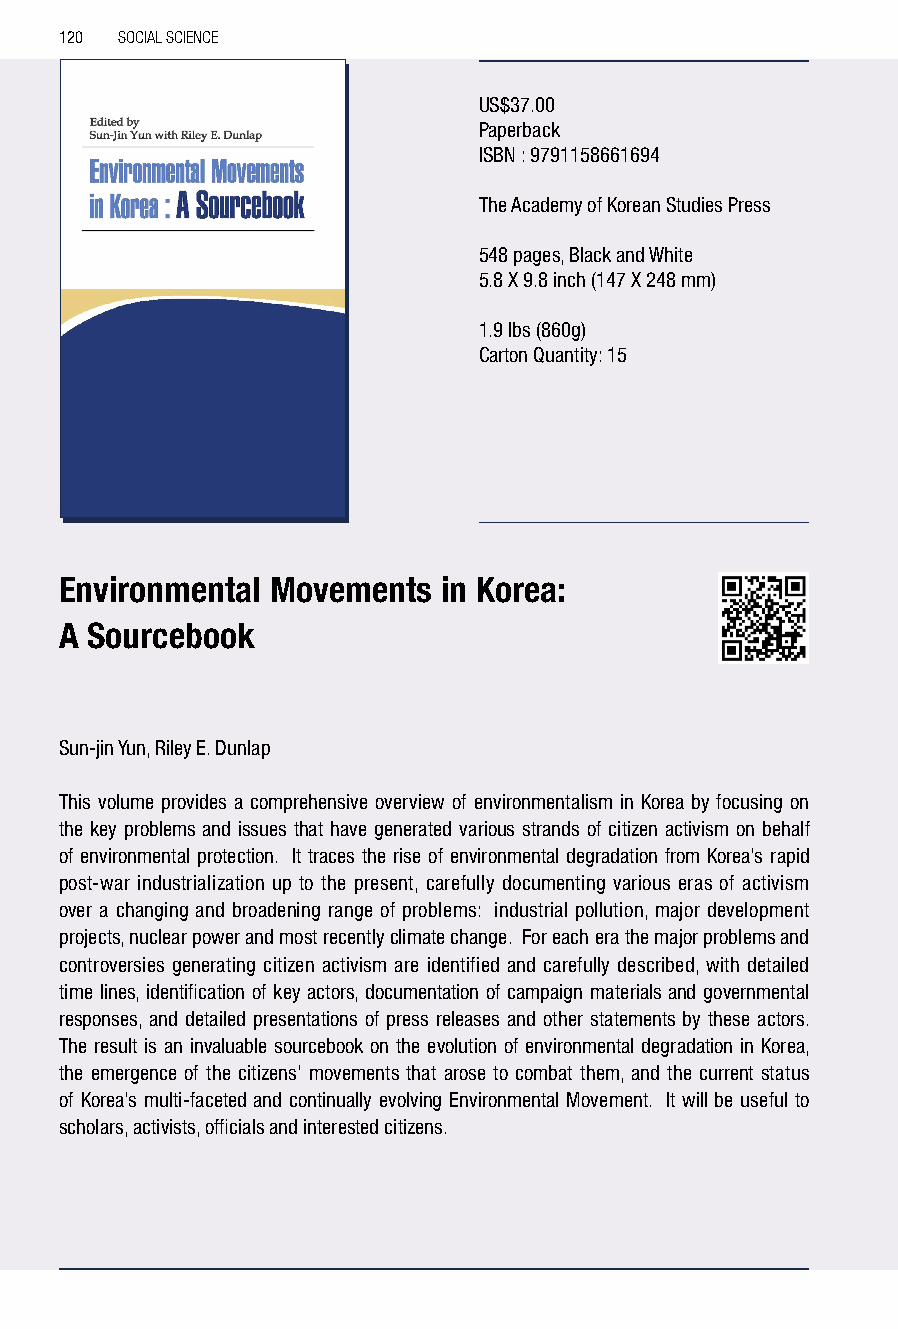
120 SOCIAL SCIENCE
 US$37.00
 Paperback
 ISBN : 9791158661694
 The Academy of Korean Studies Press
 548 pages, Black and White
 5.8 X 9.8 inch (147 X 248 mm)
 1.9 lbs (860g)
 Carton Quantity: 15
 Environmental Movements  in Korea:
 A Sourcebook
 Sun-jin Yun, Riley E. Dunlap
 This volume provides a comprehensive overview of environmentalism in Korea by focusing on
 the key problems and issues that have generated various strands of citizen activism on behalf
 of environmental protection. It traces the rise of environmental degradation from Korea’s rapid
 post-war industrialization up to the present, carefully documenting various eras of activism
 over a changing and broadening range of problems: industrial pollution, major development
 projects, nuclear power and most recently climate change. For each era the major problems and
 controversies generating citizen activism are identified and carefully described, with detailed
 time lines, identification of key actors, documentation of campaign materials and governmental
 responses, and detailed presentations of press releases and other statements by these actors.
 The result is an invaluable sourcebook on the evolution of environmental degradation in Korea,
 the emergence of the citizens’ movements that arose to combat them, and the current status
 of Korea’s multi-faceted and continually evolving Environmental Movement. It will be useful to
 scholars, activists, officials and interested citizens.